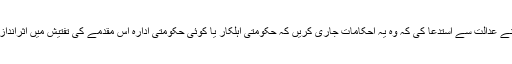
طارق کھوسہ نے عدالت سے استدعا کی کہ وہ یہ احکامات جاری کریں کہ حکومتی اہلکار یا کوئی حکومتی ادارہ اس مقدمے کی تفتیش میں اثرانداز نہیں ہوں گے۔